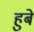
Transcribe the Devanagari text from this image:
हुबे